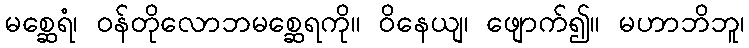
မစ္ဆေရံ၊ ဝန်တိုလောဘမစ္ဆေရကို။ ဝိနေယျ၊ ဖျောက်၍။ မဟာဘိဘူ၊